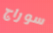
سوراج